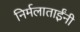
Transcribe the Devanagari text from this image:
निर्मलाताईंनी